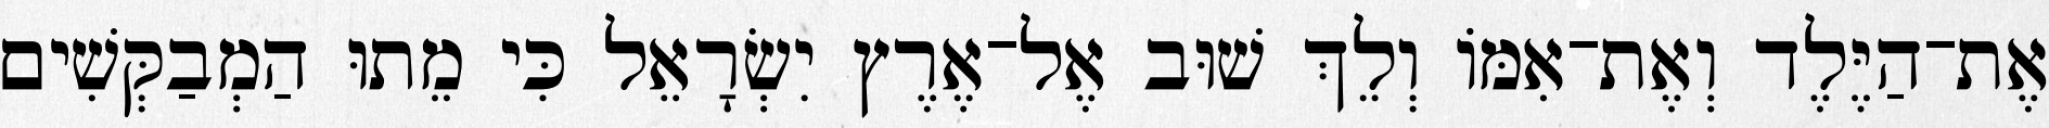
אֶת־הַיֶּלֶד וְאֶת־אִמּוֹ וְלֵךְ שׁוּב אֶל־אֶרֶץ יִשְׂרָאֵל כִּי מֵתוּ הַמְבַקְּשִׁים